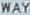
WAY